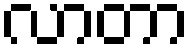
လာတာ